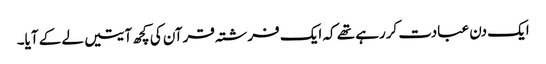
ایک دن عبادت کررہے تھے کہ ایک فرشتہ قرآن کی کچھ آیتیں لے کے آیا۔